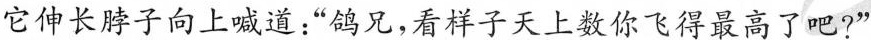
它伸长脖子向上喊道：”鸽兄，看样子天上数你飞得最高了吧?”